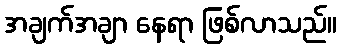
အချက်အချာ နေရာ ဖြစ်လာသည်။